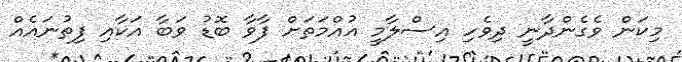
މިކަން ވެގެންދާނީ ދިވެހި އިސްލާމީ އުއްމަތަށް ފާވާ ބޮޑު ވަބާ އަކާއި ފިތުނައެއް